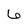
Character: 6